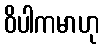
ဝိပါကမာဟု